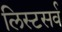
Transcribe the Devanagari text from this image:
लिस्टसर्व